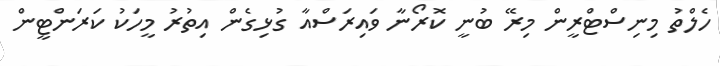
ހެލްތު މިނިސްޓްރީން މިރޭ ބުނީ ކޮރޯނާ ވައިރަސްއާ ގުޅިގެން އިތުރު މީހަކު ކަރަންޓީން